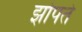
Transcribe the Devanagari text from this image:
झोपते